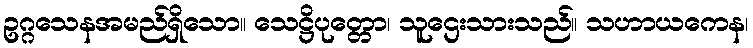
ဥဂ္ဂသေနအမည်ရှိသော။ သေဋ္ဌိပုတ္တော၊ သူဌေးသားသည်။ သဟာယကေန၊